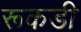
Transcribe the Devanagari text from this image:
रूकडी